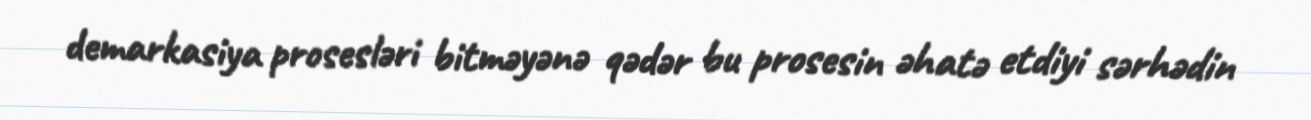
demarkasiya prosesləri bitməyənə qədər bu prosesin əhatə etdiyi sərhədin